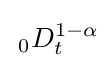
\,_{0}D_{t}^{1-\alpha }